Vaccination United Provinces of Agra and Oudh 1902-1913 - 1902-1913
Year: 1902
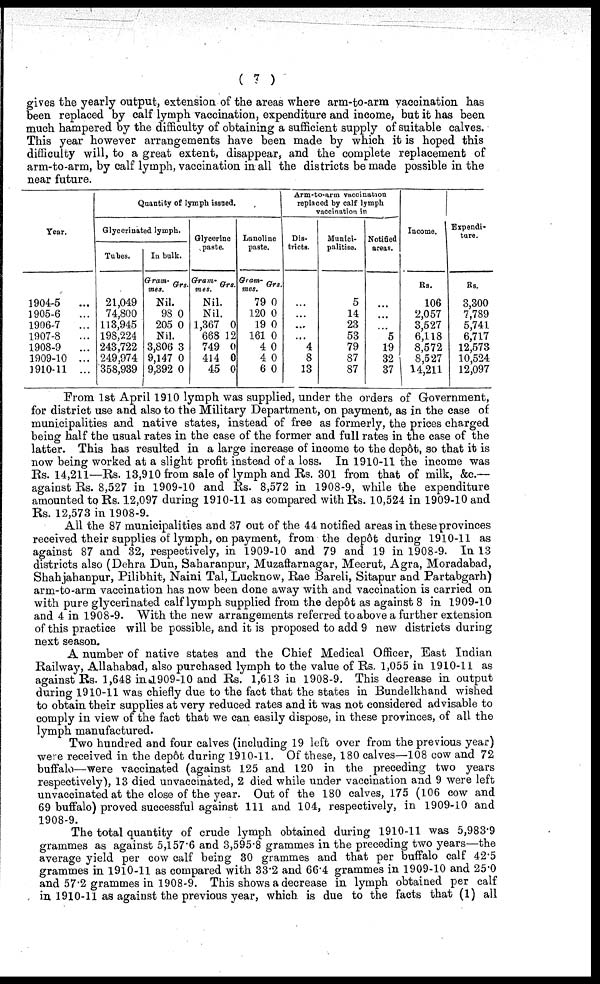
( 7 )
gives the yearly output, extension of the areas where arm-to-arm vaccination has
been replaced by calf lymph vaccination, expenditure and income, but it has been
much hampered by the difficulty of obtaining a sufficient supply of suitable calves.
This year however arrangements have been made by which it is hoped this
difficulty will, to a great extent, disappear, and the complete replacement of
arm-to-arm, by calf lymph, vaccination in all the districts be made possible in the
near future.
Year.
1904-5 ...
1905-6 ...
1906-7 ...
1907-8 ...
1908-9 ...
1909-10 ...
1910-11 ...
Quantity of lymph issued.
Glycerinated lymph.
Tubes.
21,049
74,800
113,945
198,224
243,722
249,974
358,939
In bulk.
Gram-
mes.
Nil.
98
205
Nil.
3,806
9,147
9,392
Grs.
0
0
3
0
0
Glycerine
paste.
Gram-
mes.
Nil.
Nil.
1,367
668
749
414
45
Grs.
0
12
0
0
0
Lanolinc
paste.
Gram-
mes.
79
120
19
161
4
4
6
Grs.
0
0
0
0
0
0
0
Arm-to-arm vaccination
replaced by calf lymph
vaccination in
Dis-
tricts.
...
...
...
...
4
8
13
Munici-
palitise.
5
14
23
53
79
87
87
Notified
areas.
...
...
...
5
19
32
37
Income.
Rs.
106
2,057
3,527
6,118
8,572
8,527
14,211
Expendi-
ture.
Rs.
3,300
7,789
5,741
6,717
12,573
10,524
12,097
From 1st April 1910 lymph was supplied, under the orders of Government,
for district use and also to the Military Department, on payment, as in the case of
municipalities and native states, instead of free as formerly, the prices charged
being half the usual rates in the case of the former and full rates in the case of the
latter. This has resulted in a large increase of income to the depôt, so that it is
now being worked at a slight profit instead of a loss. In 1910-11 the income was
Rs. 14,211—Rs. 13,910 from sale of lymph and Rs. 301 from that of milk, &c.—
against Rs. 8,527 in 1909-10 and Rs. 8,572 in 1908-9, while the expenditure
amounted to Rs. 12,097 during 1910-11 as compared with Rs. 10,524 in 1909-10 and
Rs. 12,573 in 1908-9.
All the 87 municipalities and 37 out of the 44 notified areas in these provinces
received their supplies of lymph, on payment, from the depôt during 1910-11 as
against 87 and 32, respectively, in 1909-10 and 79 and 19 in 1908-9. In 13
districts also (Dehra Dun, Saharanpur, Muzaffarnagar, Meerut, Agra, Moradabad,
Shahjahanpur, Pilibhit, Naini Tal, Lucknow, Rae Bareli, Sitapur and Partabgarh)
arm-to-arm vaccination has now been done away with and vaccination is carried on
with pure glycerinated calf lymph supplied from the depôt as against 8 in 1909-10
and 4 in 1908-9. With the new arrangements referred to above a further extension
of this practice will be possible, and it is proposed to add 9 new districts during
next season.
A number of native states and the Chief Medical Officer, East Indian
Railway, Allahabad, also purchased lymph to the value of Rs. 1,055 in 1910-11 as
against Rs. 1,648 in 1909-10 and Rs. 1,613 in 1908-9. This decrease in output
during 1910-11 was chiefly due to the fact that the states in Bundelkhand wished
to obtain their supplies at very reduced rates and it was not considered advisable to
comply in view of the fact that we can easily dispose, in these provinces, of all the
lymph manufactured.
Two hundred and four calves (including 19 left over from the previous year)
were received in the depôt during 1910-11. Of these, 180 calves—108 cow and 72
buffalo—were vaccinated (against 125 and 120 in the preceding two years
respectively), 13 died unvaccinated, 2 died while under vaccination and 9 were left
unvaccinated at the close of the year. Out of the 180 calves, 175 (106 cow and
69 buffalo) proved successful against 111 and 104, respectively, in 1909-10 and
1908-9.
The total quantity of crude lymph obtained during 1910-11 was 5,983.9
grammes as against 5,157.6 and 3,595.8 grammes in the preceding two years—the
average yield per cow calf being 30 grammes and that per buffalo calf 42.5
grammes in 1910-11 as compared with 33.2 and 66.4 grammes in 1909-10 and 25.0
and 57.2 grammes in 1908-9. This shows a decrease in lymph obtained per calf
in 1910-11 as against the previous year, which is due to the facts that (1) all